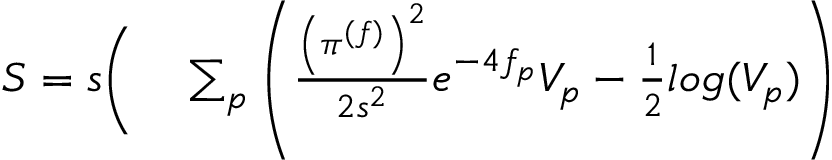
\begin{array} { r l } { S = s \Bigg ( } & { { } \sum _ { p } \left( \frac { \left( \pi ^ { ( f ) } \right) ^ { 2 } } { 2 s ^ { 2 } } e ^ { - 4 f _ { p } } V _ { p } - \frac { 1 } { 2 } l o g ( V _ { p } ) \right) } \end{array}